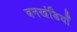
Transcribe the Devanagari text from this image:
बनखंडियाँ